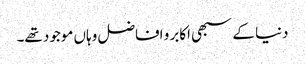
دنیا کے سبھی اکابر و افاضل وہاں موجود تھے۔